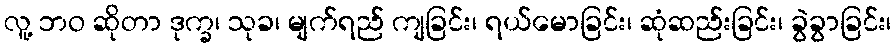
လူ့ ဘဝ ဆိုတာ ဒုက္ခ၊ သုခ၊ မျက်ရည် ကျခြင်း၊ ရယ်မောခြင်း၊ ဆုံဆည်းခြင်း၊ ခွဲခွာခြင်း၊